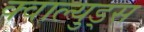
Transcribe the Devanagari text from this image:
क्वाल्युड्स